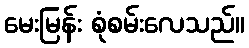
မေးမြန်း စုံစမ်းလေသည်။